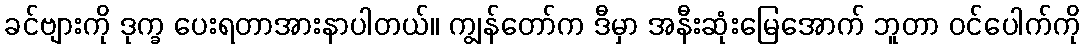
ခင်ဗျားကို ဒုက္ခ ပေးရတာအားနာပါတယ်။ ကျွန်တော်က ဒီမှာ အနီးဆုံးမြေအောက် ဘူတာ ဝင်ပေါက်ကို